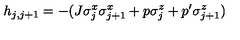
h _ { j , j + 1 } = - ( J \sigma _ { j } ^ { x } \sigma _ { j + 1 } ^ { x } + p \sigma _ { j } ^ { z } + p ^ { \prime } \sigma _ { j + 1 } ^ { z } )